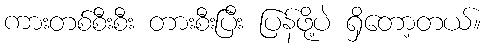
ကားတစ်စီးစီး တားစီးပြီး ပြန်ဖို့ပဲ ရှိတော့တယ်။